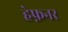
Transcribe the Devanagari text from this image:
हेफ़नर